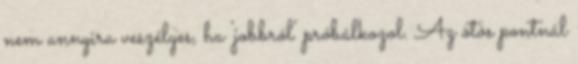
nem annyira veszélyes, ha 'jobbról' próbálkozol. Az ötös pontnál